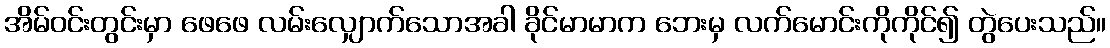
အိမ်ဝင်းတွင်းမှာ ဖေဖေ လမ်းလျှောက်သောအခါ ခိုင်မာမာက ဘေးမှ လက်မောင်းကိုကိုင်၍ တွဲပေးသည်။